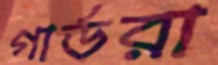
গার্ডরা